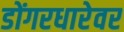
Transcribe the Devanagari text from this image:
डोंगरधारेवर